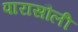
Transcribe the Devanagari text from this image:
पारासौली